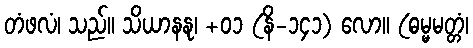
တံဖလံ၊ သည်။ သိယာနနု၊ +၀၁ (နိ-၁၄၁) လော။ (ဓမ္မမတ္တံ၊